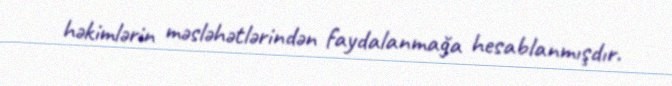
həkimlərin məsləhətlərindən faydalanmağa hesablanmışdır.